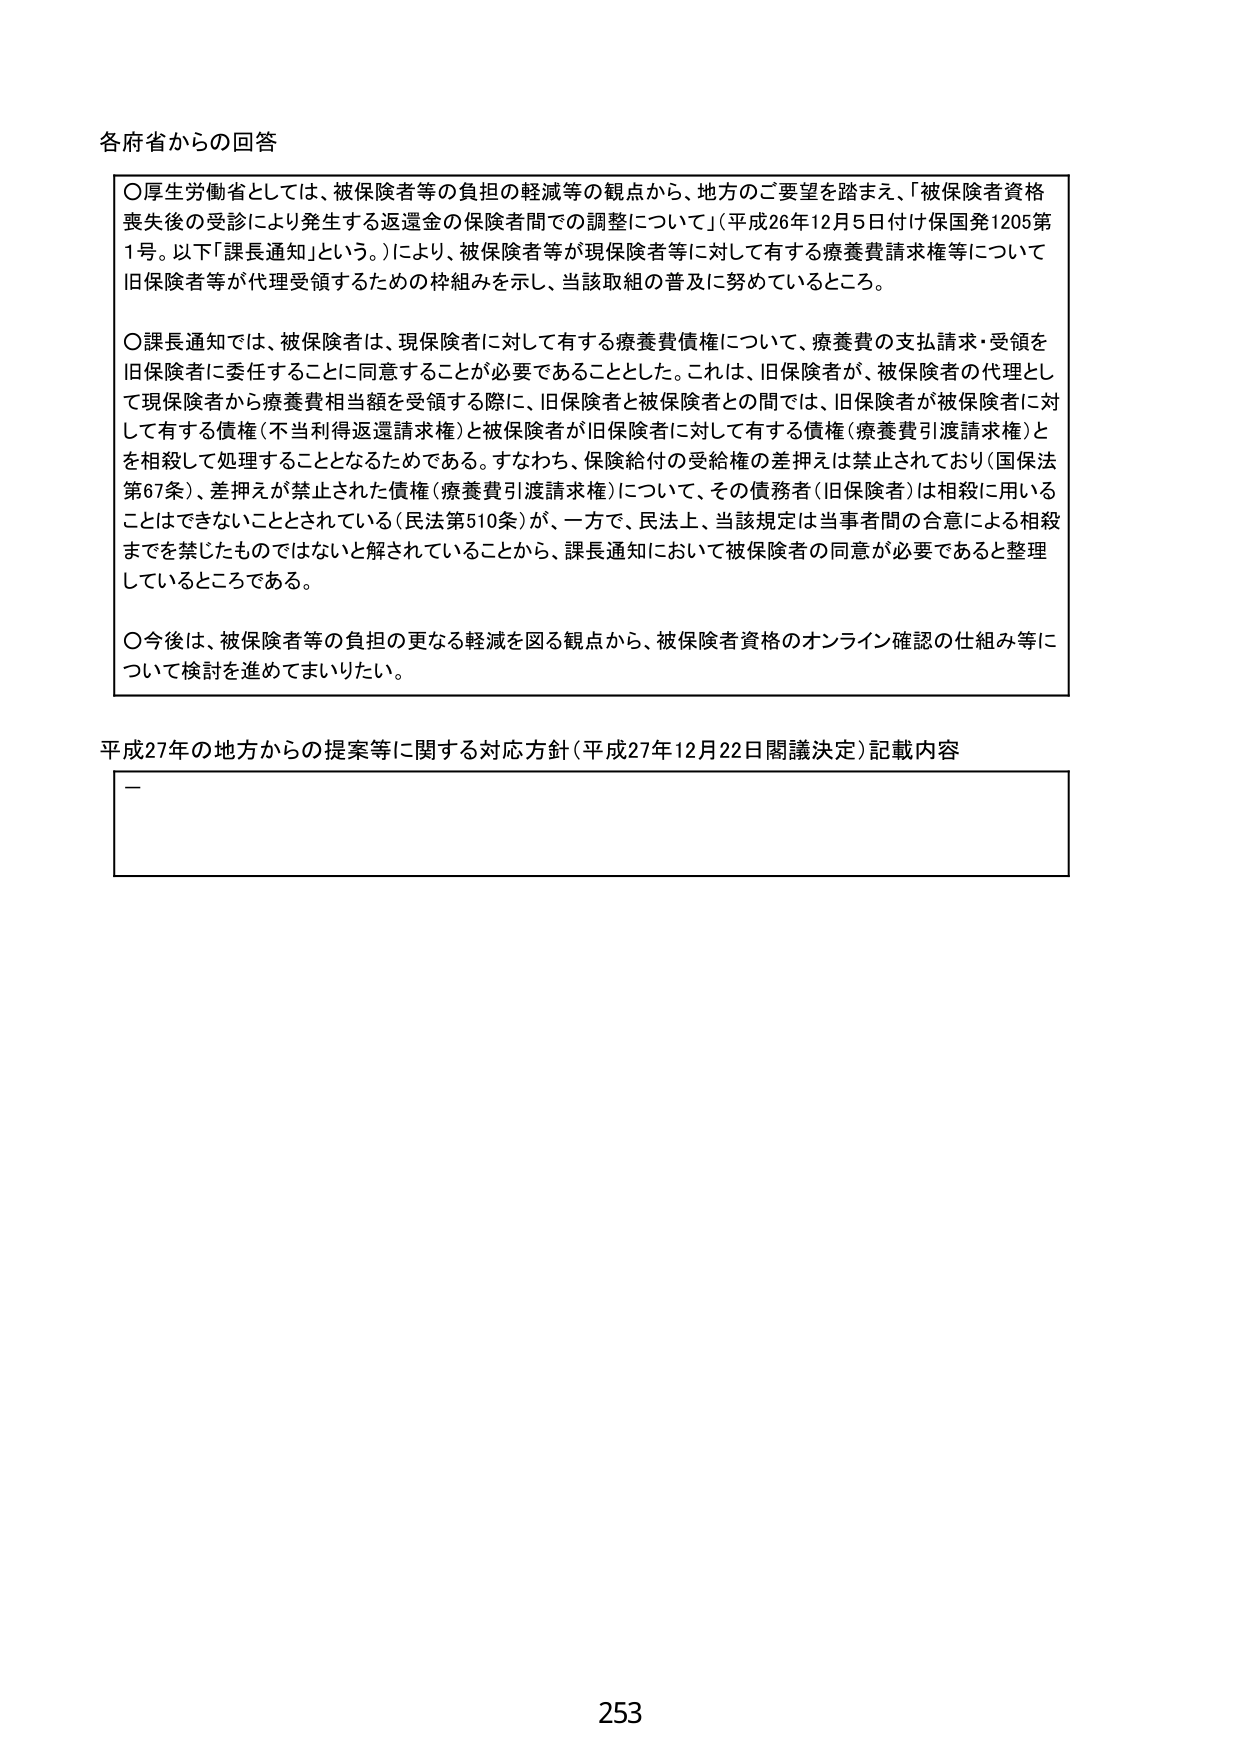
各府省からの回答

○厚生労働省としては、被保険者等の負担の軽減等の観点から、地方のご要望を踏まえ、「被保険者資格喪失後の受診により発生する返還金の保険者間での調整について」（平成26年12月5日付け保国発1205第1号。以下「課長通知」という。）により、被保険者等が現保険者等に対して有する療養費請求権等について旧保険者等が代理受領するための枠組みを示し、当該取組の普及に努めているところ。

○課長通知では、被保険者は、現保険者に対して有する療養費債権について、療養費の支払請求・受領を旧保険者に委任することに同意することが必要であるとした。これは、旧保険者が、被保険者の代理として現保険者から療養費相当額を受領する際に、旧保険者と被保険者との間では、旧保険者が被保険者に対して有する債権（不当利得返還請求権）と被保険者が旧保険者に対して有する債権（療養費引渡請求権）とを相殺して処理することとなるためである。すなわち、保険給付の受給権の差押えは禁止されており（国保法第67条）、差押えが禁止された債権（療養費引渡請求権）について、その債務者（旧保険者）は相殺に用いることはできないこととされている（民法第510条）が、一方で、民法上、当該規定は当事者間の合意による相殺までを禁じたものではないと解されていることから、課長通知において被保険者の同意が必要であると整理しているところである。

○今後は、被保険者等の負担の更なる軽減を図る観点から、被保険者資格のオンライン確認の仕組み等について検討を進めてまいりたい。

平成27年の地方からの提案等に関する対応方針（平成27年12月22日閣議決定）記載内容
—

253